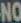
NO